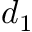
d _ { 1 }